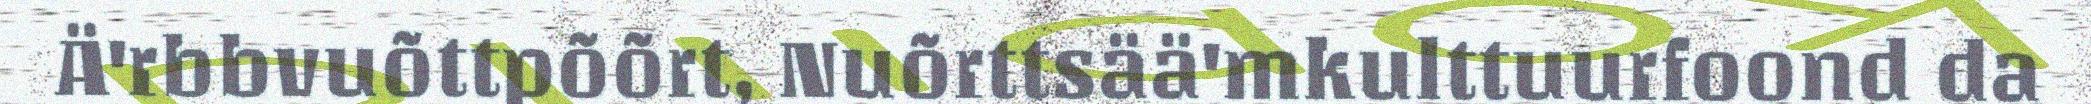
Ä'rbbvuõttpõõrt, Nuõrttsää'mkulttuurfoond da